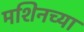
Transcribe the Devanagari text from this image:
मशिनच्या